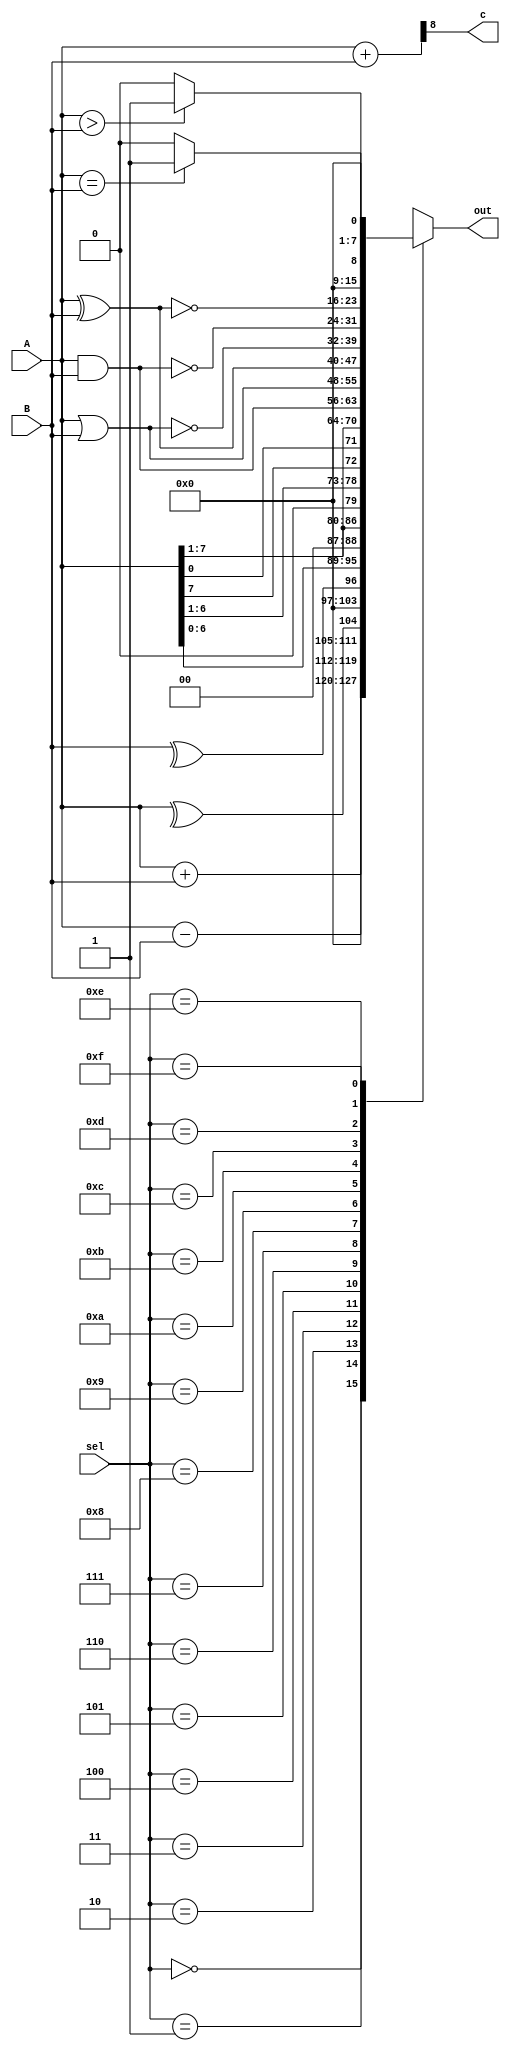

module alu(A,B,sel,out,c);
    input   [7:0]    A,B;
    input   [3:0]    sel;
    output  [7:0]    out;
    output           c;

    reg     [7:0]    result;
    wire    [8:0]    temp;
    

    assign  out     =   result;
    assign  temp    =   {1'b0,A}+{1'b0,B};
    assign  c       =   temp[8];
    /*
    functions of sel
    0000 : addition
    0001 : subtraction
    0010 : check parity of a
    0011 : check parity of b
    0100 : left shift by 1 bit
    0101 : right shift by 1 bit
    0110 : rotate left by 1 bit
    0111 : rotate right by 1 bit
    1000 : logical AND
    1001 : logical OR
    1010 : logical XOR
    1011 : logical NOR
    1100 : logical NAND
    1101 : logical XNOR
    1110 : Compare if A>B
    1111 : compare if A=B
    */

    always @(*)
    begin
        case(sel)
        4'b0000:
            result = A+B;
        4'b0001:
            result = A-B;
        4'b0010:
            result = ^A;
        4'b0011:
            result = ^B;
        4'b0100:
            result = A<<1;
        4'b0101:
            result = A>>1;
        4'b0110:
            result = {A[6:1],A[7]};
        4'b0111:
            result = {A[0],A[7:1]};
        4'b1000:
            result = A&B;
        4'b1001:
            result = A|B;
        4'b1010:
            result = A^B;
        4'b1011:
            result = ~(A|B);
        4'b1100:
            result = ~(A&B);
        4'b1101:
            result = ~(A^B);
        4'b1110:
            result = (A>B)?8'b1:8'b0;
        4'b1111:
            result = (A==B)?8'b1:8'b0;
        default: result = A+B;
        endcase
    end
endmodule


module tb;
    reg     [7:0]   a,b;
    reg     [3:0]   s;

    wire    [7:0]   out;
    wire            c;

    alu a1(.A(a),.B(b),.sel(s),.out(out),.c(c));
    always #2 s = s + 4'b0001;
    initial begin
        $monitor($time," %b  %b  %b %b",a,b,c,out);
        s = 4'b0000;
        a = 8'b11110000;
        b = 8'b11001110;
        #31 $finish;
    end
endmodule